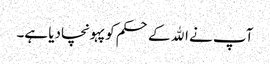
آپ نے الله کے حکم کو پہونچادیا ہے۔